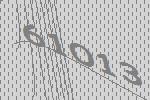
61013